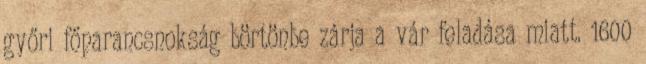
győri főparancsnokság börtönbe zárja a vár feladása miatt. 1600